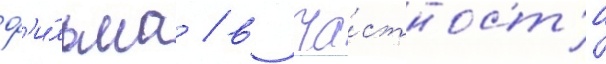
ф'и́льма / в ча́стност'и